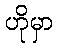
ဟိုမှာ